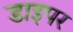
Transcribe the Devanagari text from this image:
डाइपर